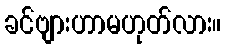
ခင်ဗျားဟာမဟုတ်လား။